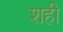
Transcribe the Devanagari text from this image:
शही